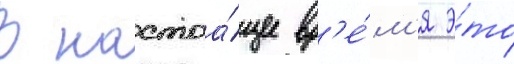
В настоа́щее вр'е́м'я э́то